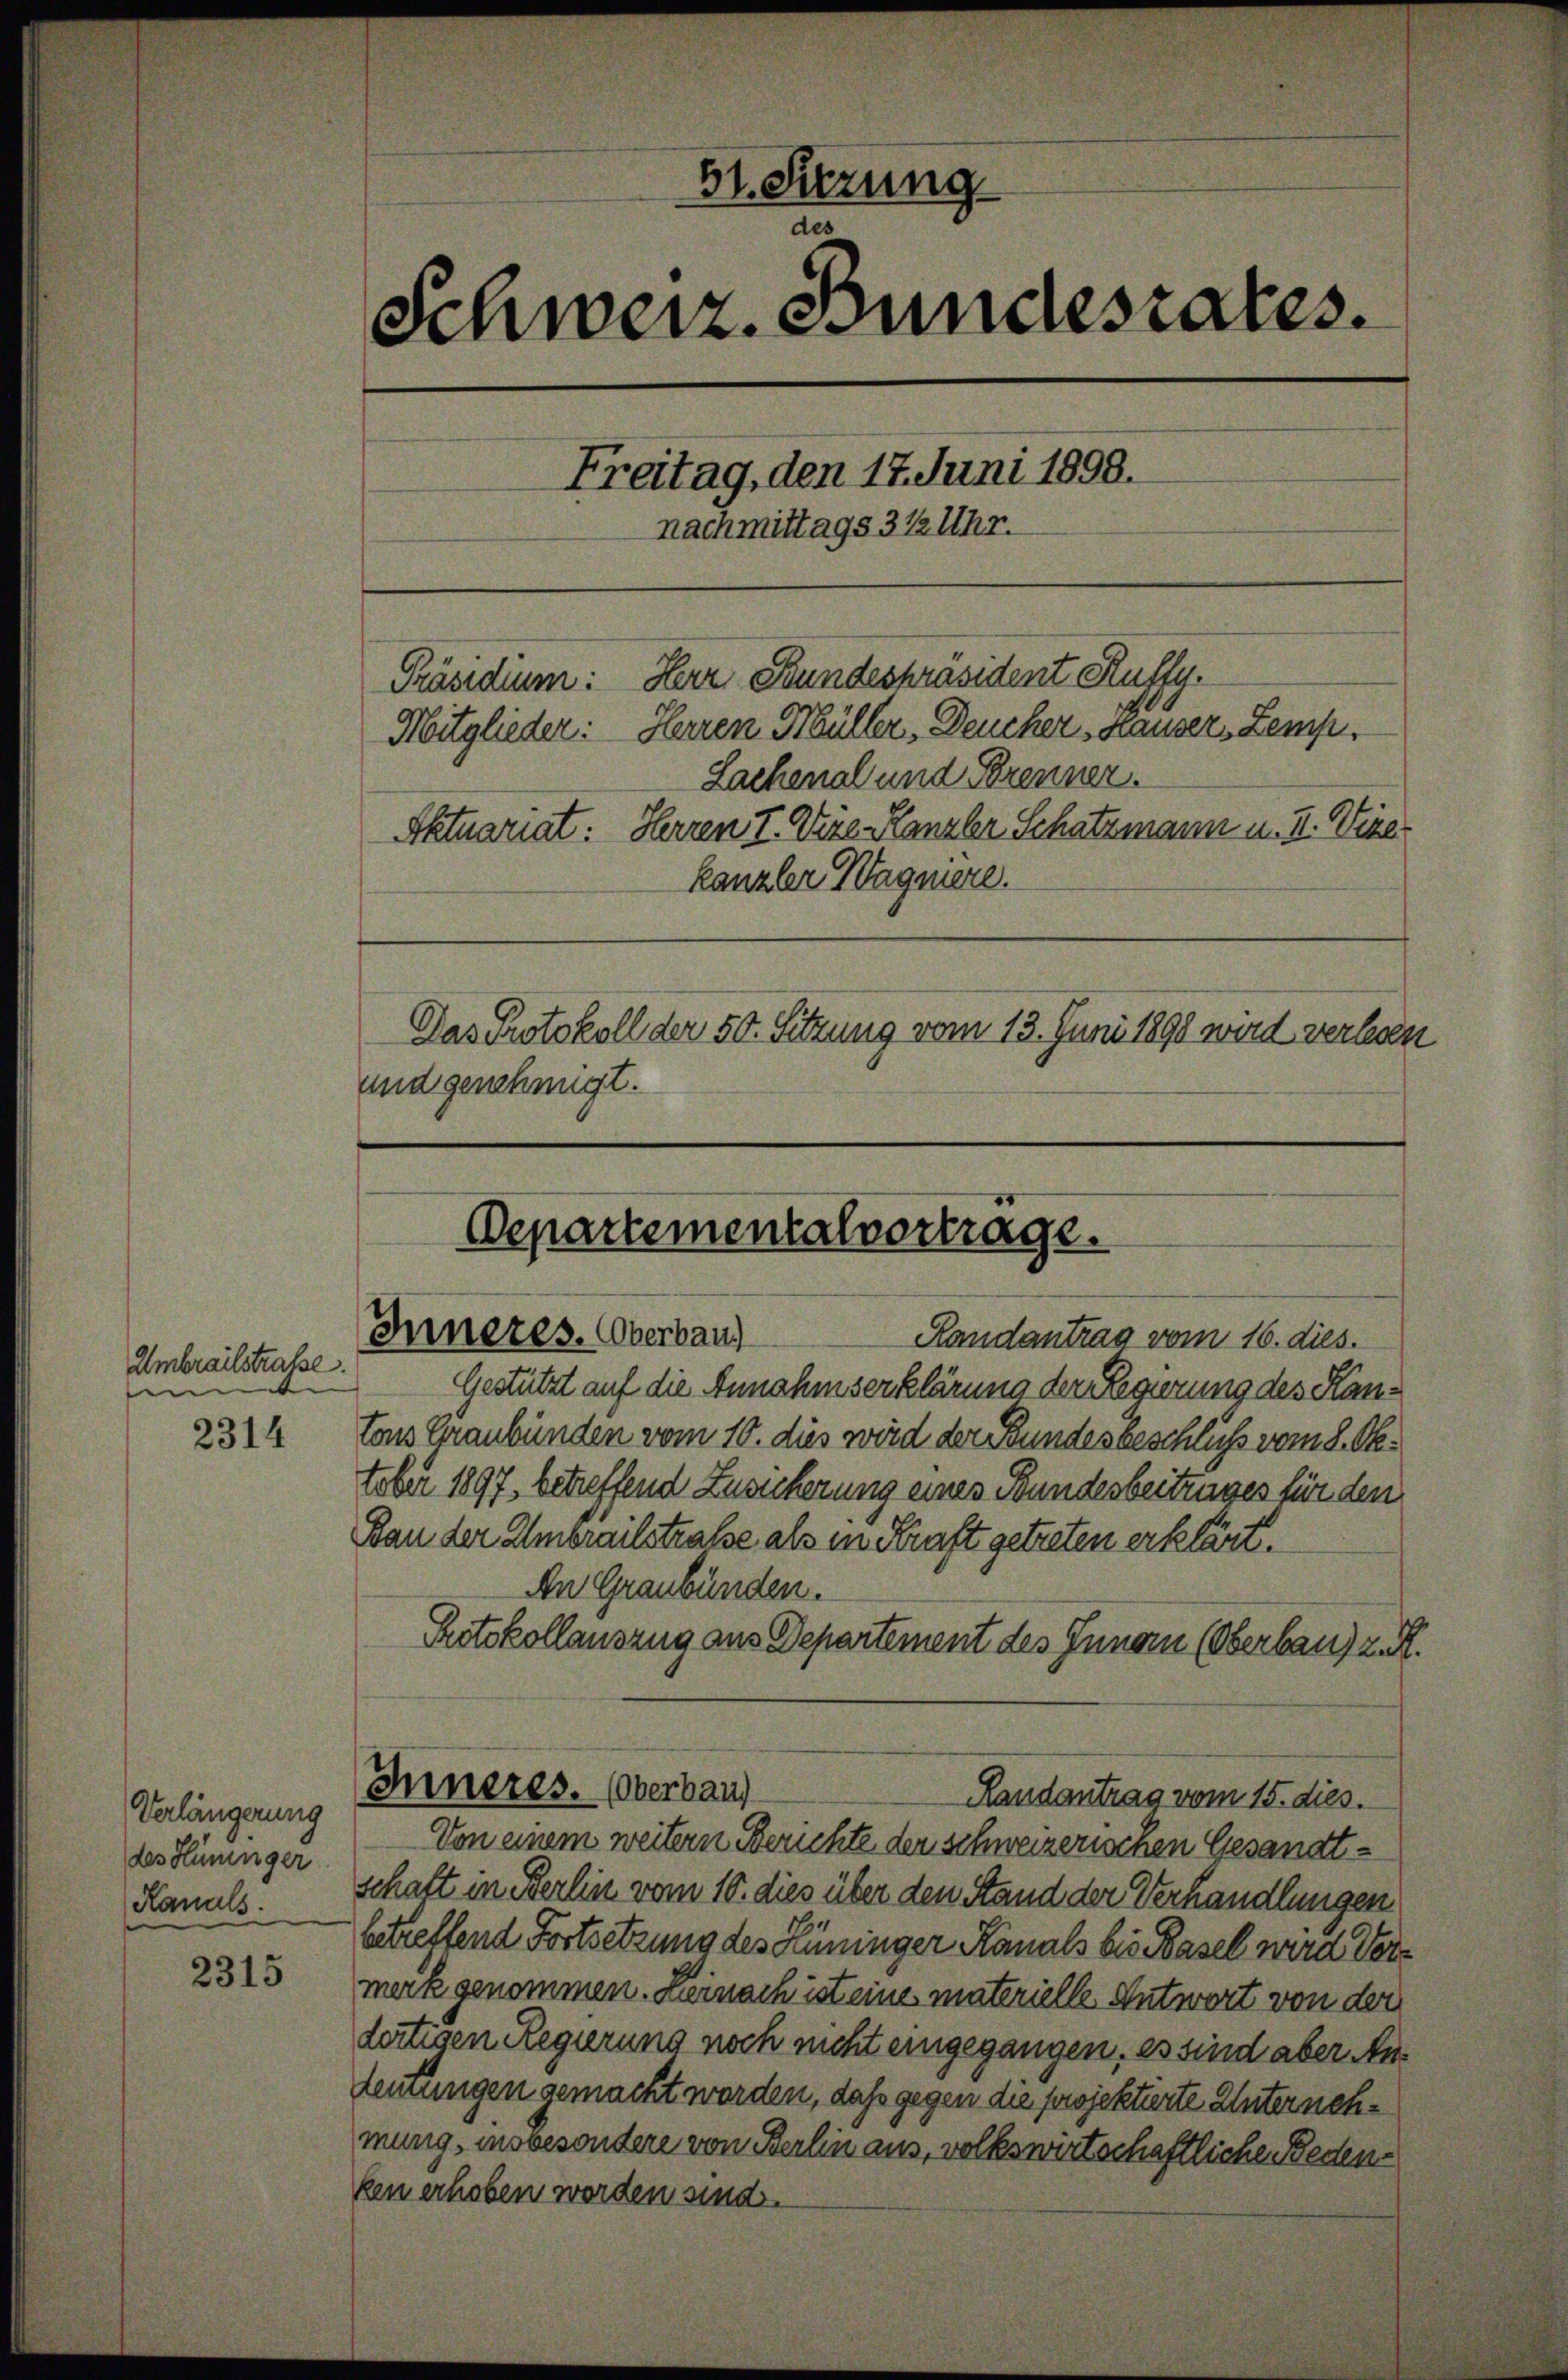
Umbereitstrasse.
n
2314

Verlängerung
des Hüninger
Kanals.

2315

51. Sizung
des
Schweiz. Bundesrates.
Freitag, den 17. Juni 1890.
nachmittags 312 Uhr.
Herr Bundespräsident Ruffy.
Präsidium:
Mitglieder: Herren Müller, Deucher, Hauser, Zemp¬
Sachenal und Brenner.
Aktuariat: Herren I. Vize-Kanzler Schatzmann u. II. Vizer
kanzler Wagnere.
Das Protokoll der 50. Sitzung vom 13. Juni 1898 wird verlesen
und genehmigt.

Departementalvertrage.
Inneres. Oberbau
Randantrag vom 16. dies.

Gestützt auf die Annahmserklärung der Regierung des Kantons Graubünden vom 10. dies wird der Bundesbeschluß vom 8. Oktober 1897, betreffend Zusicherung eines Bundesbeitunges für den
Bau der Umbrailstraße als in Kraft getreten erklärt.
An Graubünden.
Protokollauszug aus Departement des Innern (Oberbau, z. R.
Inneres. (Oberbaus
Randantrag vom 15. dies.
Von einem weitern Berichte der schweizerischen Gesandtschaft in Berlin vom 10. dies über den Stand der Verhandlungen
betreffend Fortsetzung des Hüninger Kanals bis Basel wird Vormerk genommen. Leinach ist eine materielle Antwort von der
fertigen Regierung noch nicht eingegangen, es sind aber Andemungen gemacht worden, daß gegen die projektierte Unternehmung, insbesondere von Berlin aus, volkswirtschaftliche Bedenken erhoben worden sind.